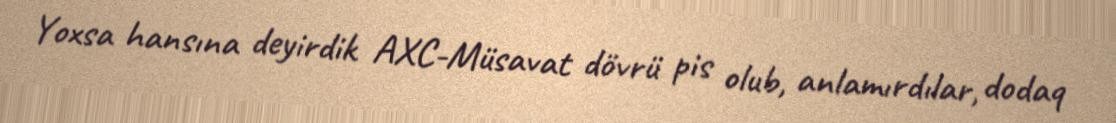
Yoxsa hansına deyirdik AXC-Müsavat dövrü pis olub, anlamırdılar, dodaq